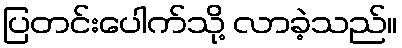
ပြတင်းပေါက်သို့ လာခဲ့သည်။